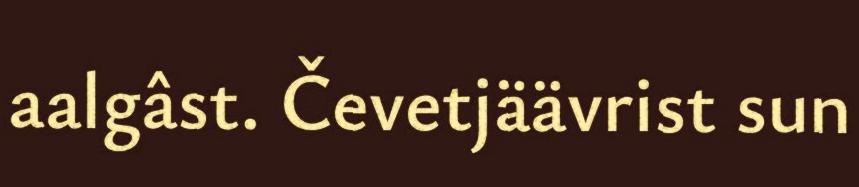
aalgâst. Čevetjäävrist sun